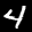
Label: 4